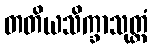
တတိယသိက္ခာသုတ္တံ